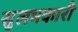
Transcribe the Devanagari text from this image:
सुलभकारी